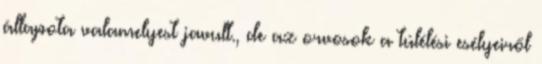
állapota valamelyest javult., de az orvosok a túlélési esélyeiről